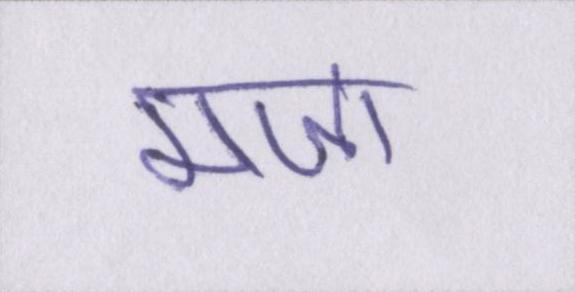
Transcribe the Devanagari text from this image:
मजा